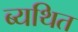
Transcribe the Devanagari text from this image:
ब्यथित